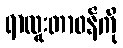
ရာထူးတာဝန်ကို